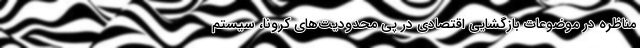
مناظره در موضوعات بازگشایی اقتصادی در پی محدودیت‌های کرونا، سیستم